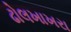
ઢોલખાખરા